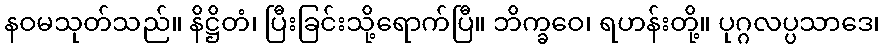
နဝမသုတ်သည်။ နိဋ္ဌိတံ၊ ပြီးခြင်းသို့ရောက်ပြီ။ ဘိက္ခဝေ၊ ရဟန်းတို့။ ပုဂ္ဂလပ္ပသာဒေ၊